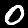
Label: 0